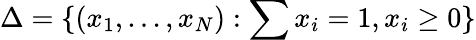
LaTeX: \Delta=\{ (x_{1},...,x_{N}):\sum x_{i}=1,x_{i}\geq 0\}